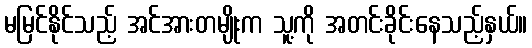
မမြင်နိုင်သည့် အင်အားတမျိုးက သူ့ကို အတင်းခိုင်းနေသည့်နှယ်။